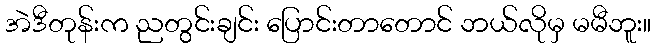
အဲဒီတုန်းက ညတွင်းချင်း ပြောင်းတာတောင် ဘယ်လိုမှ မမီဘူး။